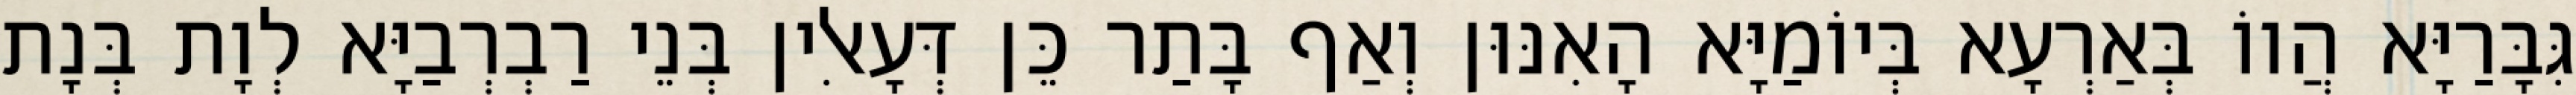
גִּבָּרַיָּא הֲווֹ בְּאַרְעָא בְּיוֹמַיָּא הָאִנּוּן וְאַף בָּתַר כֵּן דְּעָאלִין בְּנֵי רַבְרְבַיָּא לְוָת בְּנָת